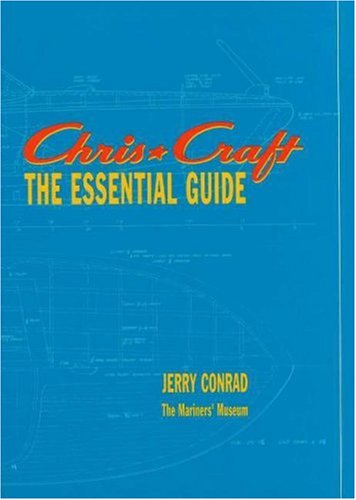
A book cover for Chris*Craft: The Essential Guide; Jerry Conrad; Arts & Photography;